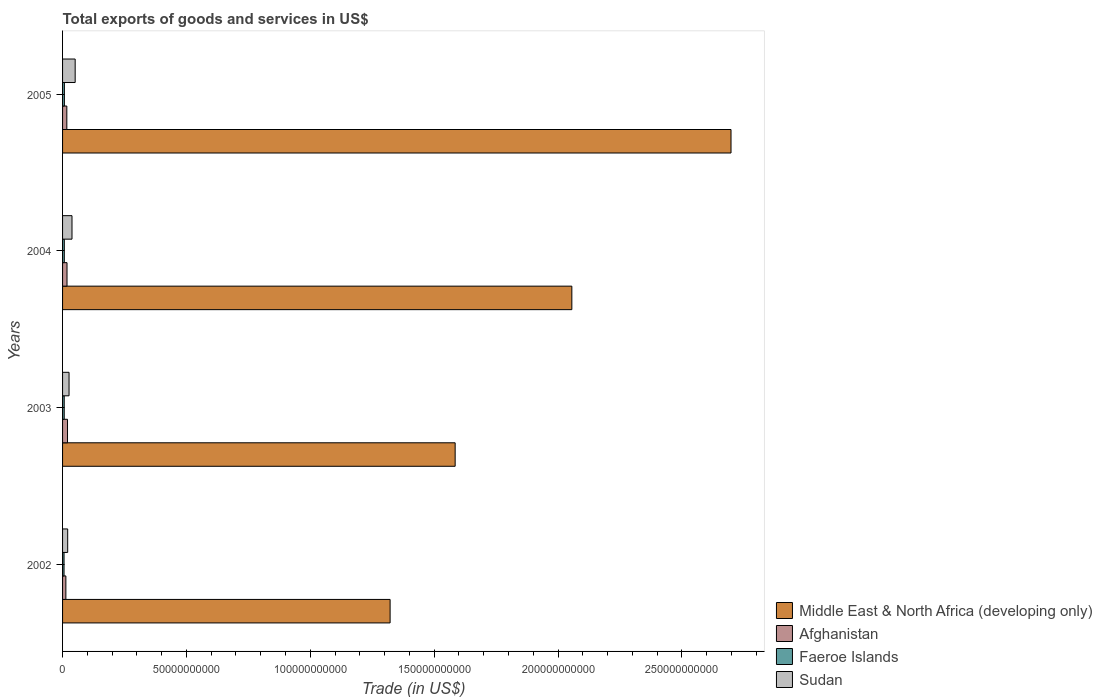
| Years | Middle East & North Africa (developing only) | Afghanistan | Faeroe Islands | Sudan |
 | --- | --- | --- | --- | --- |
 | 2002 | 1.32e+11 | 1.34e+09 | 5.98e+08 | 2.07e+09 |
 | 2003 | 1.58e+11 | 2e+09 | 6.68e+08 | 2.62e+09 |
 | 2004 | 2.06e+11 | 1.8e+09 | 7.05e+08 | 3.81e+09 |
 | 2005 | 2.7e+11 | 1.72e+09 | 7.36e+08 | 5.09e+09 |